Report on sanitation, dispensaries, and jails in Rajputana for 1911, and on vaccination for the year 1911-1912 - 1911-1912
Year: 1911
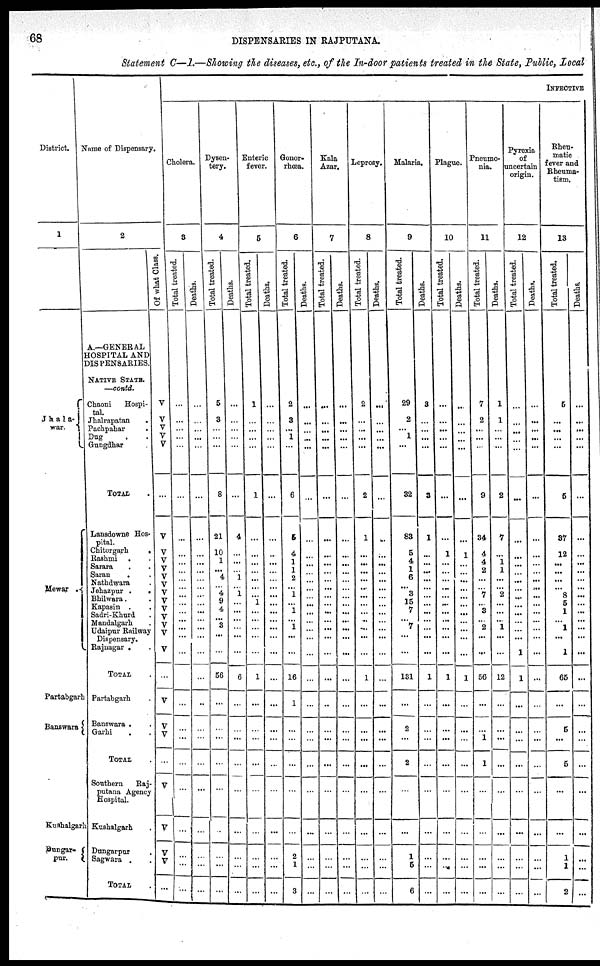
68
DISPENSARIES IN RAJPUTANA.
Statement C—I.—Showing the diseases, etc., of the In-door patients treated in the State, Public, local
District.
1
Jhala-
war.
Mewar
Partabgarh
Banswara
Kushalgarh
Dungar-
pur.
Name
of
Dispensary.
2
A.—GENERAL
HOSPITAL AND
DISPENSARIES.
NATIVE STATE.
—contd.
Chaoni
Hospi-
tal.
Jhalrapatan .
Pachpahar .
Dug . .
Gungdhar .
TOTAL .
Lansdowne Hos-
pital.
Chitorgarh
.
Rashmi . .
Sarara . .
Saran
. .
Nathdwara .
Jehazpur .
.
Bhilwara . .
Kapasin . .
Sadri-Khurd .
Mandalgarh .
Udaipur Railway
Dispensary.
Rajnagar . .
TOTAL .
Partabgarh .
Banswara . .
Garhi . .
TOTAL .
Southern Raj-
putana Agency
Hospital.
Kushalgarh .
Dungarpur .
Sagwara . .
TOTAL .
Of what Class.
V
V
V
V
V
...
V
V
V
V
V
V
V
V
V
V
V
V
V
...
V
V
V
V
V
V
V
V
...
INFECTIVE
Cholera.
3
Total treated.
...
...
...
...
...
...
...
...
...
...
...
...
...
...
...
...
...
...
...
...
...
...
...
...
...
...
...
...
...
Deaths.
...
...
...
...
...
...
...
...
...
...
...
...
...
...
...
...
...
...
...
...
...
...
...
...
...
...
...
...
...
Dysen-
tery.
4
Total treated.
5
3
...
...
...
8
21
10
1
...
4
... 4
9
4
...
3
...
...
56
...
...
...
...
...
...
...
...
...
Deaths.
...
...
...
...
...
...
4
...
...
...
1
... 1
...
...
...
...
...
...
6
...
...
...
...
...
...
...
...
...
Enteric
fever.
5
Total treated.
1
...
...
...
...
1
...
...
...
...
...
...
...
1
...
...
...
...
...
1
...
...
...
...
...
...
...
...
...
Deaths.
...
...
...
...
...
...
...
...
...
...
...
...
...
...
...
...
...
...
...
...
...
...
...
...
...
...
...
...
...
Gonor-
rhœa.
6
Total treated.
2
3
...
1
...
6
5
4
1
1
2
...
1
...
1
...
1
...
...
16
1
...
...
...
...
...
2
1
3
Deaths.
...
...
...
...
...
...
...
...
...
...
...
...
...
...
...
...
...
...
...
...
...
...
...
...
...
...
...
...
...
Kala
Azar.
7
Total treated.
...
...
...
...
...
...
...
...
...
...
...
...
...
...
...
...
...
...
...
...
...
...
...
...
...
...
...
...
...
Deaths.
...
...
...
...
...
...
...
...
...
...
...
...
...
...
...
...
...
...
...
...
...
...
...
...
...
...
...
...
...
Leprosy.
8
Total treated.
2
...
...
...
...
2
1
...
...
...
...
...
...
...
...
...
...
...
...
1
...
...
...
...
...
...
...
...
...
Deaths.
...
...
...
...
...
...
...
...
...
...
...
...
...
...
...
...
...
...
...
...
...
...
...
...
...
...
...
...
...
Malaria.
9
Total treated.
29
2
...
1
...
32
83
5
4
1
6
... 3
15
7
...
7
...
...
131
...
2
...
2
...
...
1
5
6
Deaths.
3
...
...
...
...
3
1
...
...
...
...
...
...
...
...
...
...
...
...
1
...
...
...
...
...
...
...
...
...
Plague.
10
Total treated.
...
...
...
...
...
...
...
1
...
...
...
...
...
...
...
...
...
...
...
1
...
...
...
...
...
...
...
...
...
Deaths.
...
...
...
...
...
...
...
1
...
...
...
...
...
...
...
...
...
...
...
1
...
...
...
...
...
...
...
...
...
Pneumo-
nia.
11
Total treated.
7
2
...
...
...
9
34
4
4
2
...
... 7
...
3
...
2
...
...
56
...
...
1
1
...
...
...
...
...
Deaths.
1
1
...
...
...
2
7
...
1
1
...
...
2
...
...
...
1
...
...
12
...
...
...
...
...
...
...
...
...
Pyrexia
of
uncertain
origin.
12
Total treated.
...
...
...
...
...
...
...
...
...
...
...
...
...
...
...
...
...
...
1
1
...
...
...
...
...
...
...
...
...
Deaths.
...
...
...
...
...
...
...
...
...
...
...
...
...
...
...
...
...
...
...
...
...
...
...
...
...
...
...
...
...
Rheu-
matic
fever and
Rheuma-
tism.
13
Total treated.
5
...
...
...
...
5
37
12
...
...
...
... 8
5
1
...
1
...
1
65
...
5
...
5
...
...
1
1
2
Deaths.
...
...
...
...
...
...
...
...
...
...
...
...
...
...
...
...
...
...
...
...
...
...
...
...
...
...
...
...
...